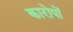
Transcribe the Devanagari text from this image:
कारोपों